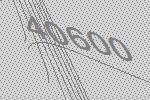
40600